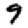
Digit: 9